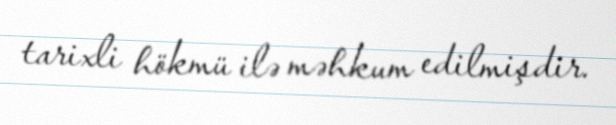
tarixli hökmü ilə məhkum edilmişdir.